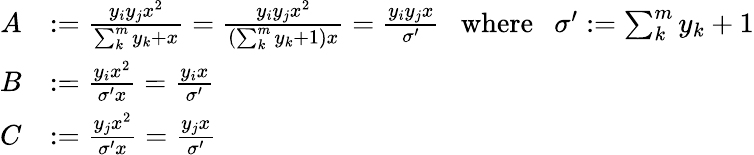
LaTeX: \begin{array}{rl}{A}&{:=\frac{y_{i}y_{j}x^{2}}{\sum_{k}^{m}y_{k}+x}=\frac{y_{i}y_{j}x^{2}}{(\sum_{k}^{m}y_{k}+1)x}=\frac{y_{i}y_{j}x}{\sigma^{\prime}}~~\mathrm{~where~}~~\sigma^{\prime}:=\sum_{k}^{m}y_{k}+1}\\ {B}&{:=\frac{y_{i}x^{2}}{\sigma^{\prime}x}=\frac{y_{i}x}{\sigma^{\prime}}}\\ {C}&{:=\frac{y_{j}x^{2}}{\sigma^{\prime}x}=\frac{y_{j}x}{\sigma^{\prime}}}\end{array}